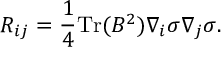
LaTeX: { \cal R } _ { i j } = \frac { 1 } { 4 } \mathrm { T r } ( B ^ { 2 } ) \nabla _ { i } \sigma \nabla _ { j } \sigma .